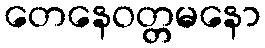
တေနေဝတ္တမနော